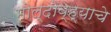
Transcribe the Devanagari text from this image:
मोल्दोव्ह्याचे